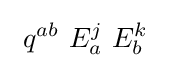
\ q^{ab}\ E_{a}^{j}\ E_{b}^{k}\